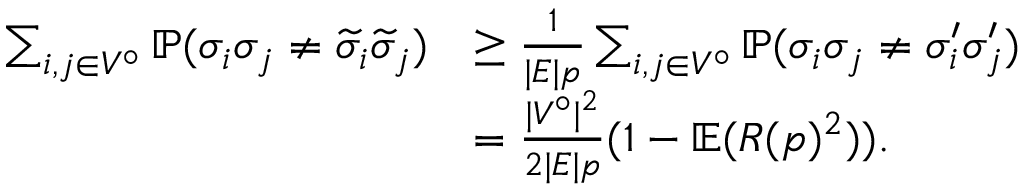
\begin{array} { r l } { \sum _ { i , j \in V ^ { \circ } } \mathbb { P } ( \sigma _ { i } \sigma _ { j } \ne \widetilde { \sigma } _ { i } \widetilde { \sigma } _ { j } ) } & { \ge \frac { 1 } { | E | p } \sum _ { i , j \in V ^ { \circ } } \mathbb { P } ( \sigma _ { i } \sigma _ { j } \ne \sigma _ { i } ^ { \prime } \sigma _ { j } ^ { \prime } ) } \\ & { = \frac { | V ^ { \circ } | ^ { 2 } } { 2 | E | p } ( 1 - \mathbb { E } ( R ( p ) ^ { 2 } ) ) . } \end{array}